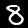
Label: 8